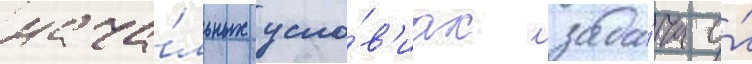
нача́льных усло́в'иах зада́ча о́